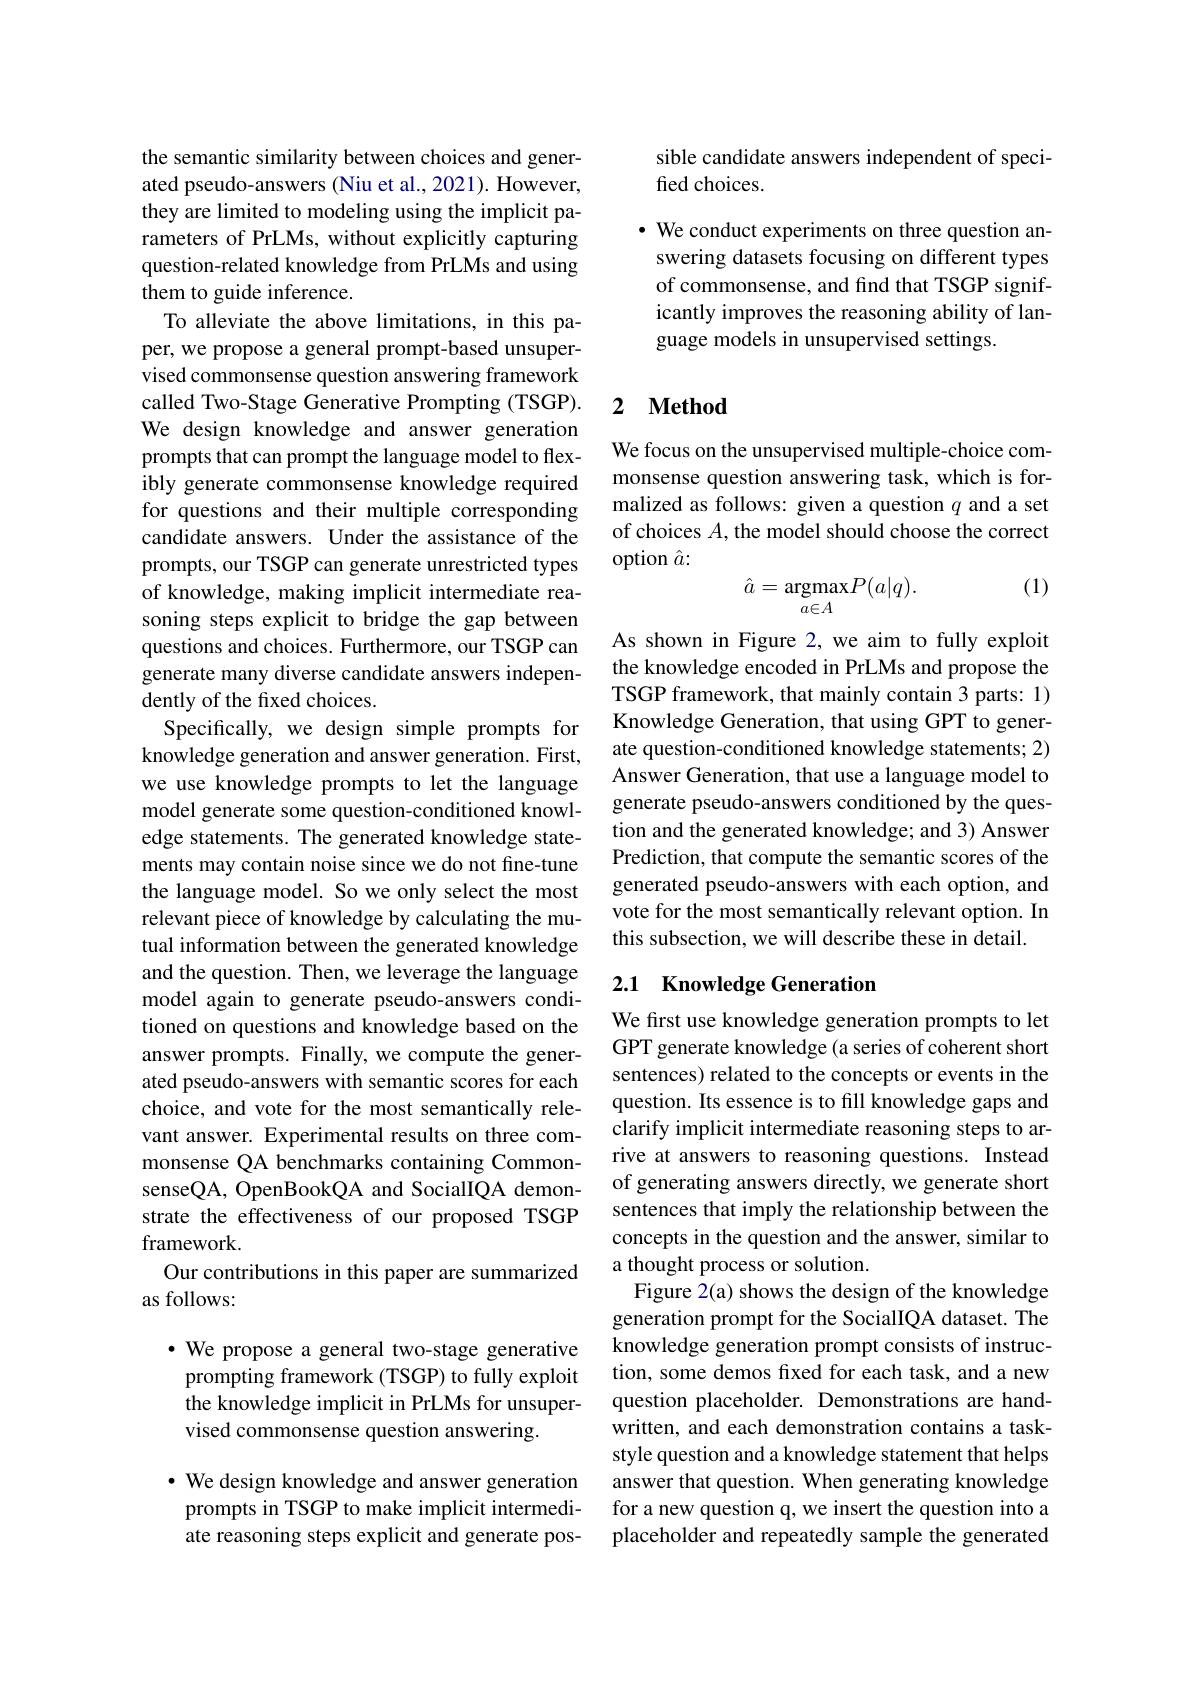
the semantic similarity between choices and generated pseudo-answers (Niu et al., 2021). However, they are limited to modeling using the implicit parameters of PrLMs, without explicitly capturing question-related knowledge from PrLMs and using them to guide inference.
To alleviate the above limitations, in this paper, we propose a general prompt-based unsupervised commonsense question answering framework called Two-Stage Generative Prompting (TSGP). We design knowledge and answer generation prompts that can prompt the language model to flexibly generate commonsense knowledge required for questions and their multiple corresponding candidate answers. Under the assistance of the prompts, our TSGP can generate unrestricted types of knowledge, making implicit intermediate reasoning steps explicit to bridge the gap between questions and choices. Furthermore, our TSGP can generate many diverse candidate answers independently of the fixed choices.
Specifically, we design simple prompts for knowledge generation and answer generation. First, we use knowledge prompts to let the language model generate some question-conditioned knowledge statements. The generated knowledge statements may contain noise since we do not fine-tune the language model. So we only select the most relevant piece of knowledge by calculating the mutual information between the generated knowledge and the question. Then, we leverage the language model again to generate pseudo-answers conditioned on questions and knowledge based on the answer prompts. Finally, we compute the generated pseudo-answers with semantic scores for each choice, and vote for the most semantically relevant answer. Experimental results on three commonsense QA benchmarks containing CommonsenseQA, OpenBookQA and SocialIQA demonstrate the effectiveness of our proposed TSGP framework.
Our contributions in this paper are summarized
as follows:
·We propose a general two-stage generative

prompting framework (TSGP) to fully exploit the knowledge implicit in PrLMs for unsupervised commonsense question answering.

$\cdot$ We design knowledge and answer generation prompts in TSGP to make implicit intermediate reasoning steps explicit and generate pos-

sible candidate answers independent of speci-
fied choices.

· We conduct experiments on three question answering datasets focusing on different types of commonsense, and find that TSGP significantly improves the reasoning ability of language models in unsupervised settings.

### 2 $\textbf{Method}$

We focus on the unsupervised multiple-choice commonsense question answering task, which is formalized as follows: given a question $q$ and a set of choices $A$, the model should choose the correct option $\hat{a}:$
(1)
$$\hat{a}=\underset{a\in A}{\mathrm{argmax}}P(a|q).$$
As shown in Figure 2, we aim to fully exploit the knowledge encoded in PrLMs and propose the TSGP framework, that mainly contain 3 parts: 1) Knowledge Generation, that using GPT to generate question-conditioned knowledge statements; 2) Answer Generation, that use a language model to generate pseudo-answers conditioned by the question and the generated knowledge; and 3) Answer Prediction, that compute the semantic scores of the generated pseudo-answers with each option, and vote for the most semantically relevant option. In this subsection, we will describe these in detail.

## 2.1 Knowledge Generation

We first use knowledge generation prompts to let GPT generate knowledge (a series of coherent short sentences) related to the concepts or events in the question. Its essence is to fill knowledge gaps and clarify implicit intermediate reasoning steps to arrive at answers to reasoning questions. Instead of generating answers directly, we generate short sentences that imply the relationship between the concepts in the question and the answer, similar to a thought process or solution.
Figure 2(a) shows the design of the knowledge generation prompt for the SocialIQA dataset. The knowledge generation prompt consists of instruction, some demos fred for each task, and a new question placeholder. Demonstrations are handwritten, and each demonstration contains a taskstyle question and a knowledge statement that helps answer that question. When generating knowledge for a new question q, we insert the question into a placeholder and repeatedly sample the generated